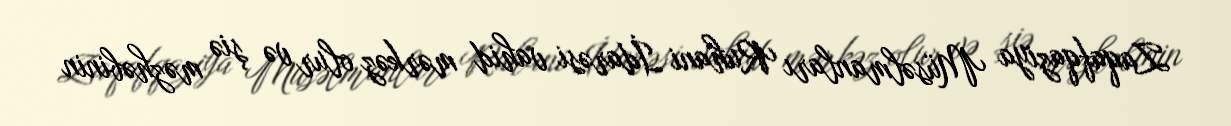
Zaqafqaziya Müsəlmanları Ruhani İdarəsi vahid mərkəz olur və şiə məzhəbinin